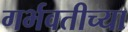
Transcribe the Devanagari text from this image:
गर्भवतीच्या